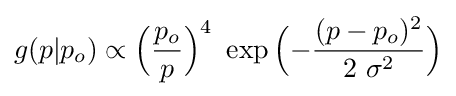
g(p|p_{o})\propto {\Big (}{\dfrac {p_{o}}{p}}{\Big )}^{4}\ \exp {\Big (}{-{\dfrac {(p-p_{o})^{2}}{2\ \sigma ^{2}}}}{\Big )}